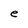
Character: e